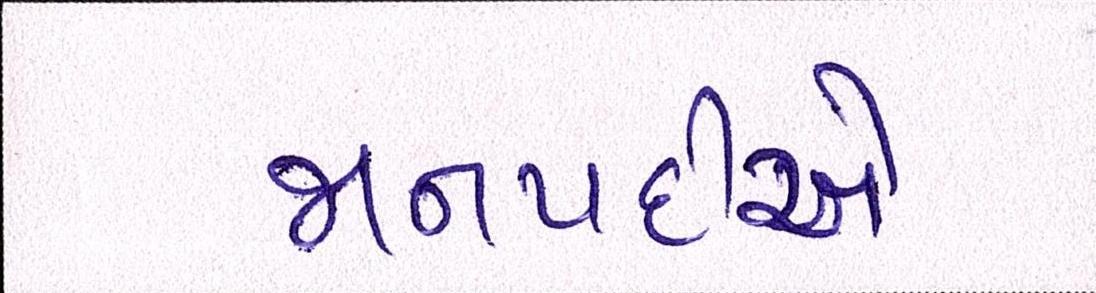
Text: જાનપદીએ